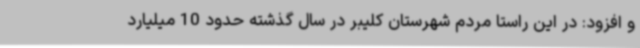
و افزود: در این راستا مردم شهرستان کلیبر در سال گذشته حدود 10 میلیارد